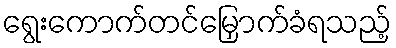
ရွေးကောက်တင်မြှောက်ခံရသည့်